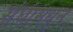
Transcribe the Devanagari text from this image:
संघांमधून